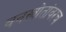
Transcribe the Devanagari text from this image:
वनस्त्रोतांवरच